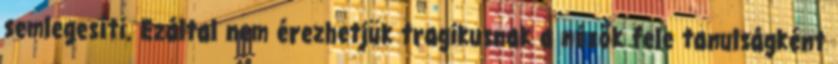
semlegesíti. Ezáltal nem érezhetjük tragikusnak a nézők fele tanulságként